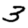
Digit: 3